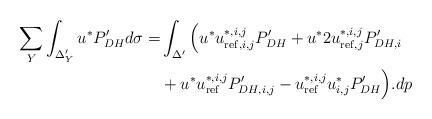
LaTeX: \begin{align*}\sum_Y \int_{\Delta'_Y}u^*P_{DH}'d\sigma = & \int_{\Delta'} \Big{(}u^*u^{*,i,j}_{\mathrm{ref},i,j}P_{DH}'+u^*2u^{*,i,j}_{\mathrm{ref},j}P_{DH,i}' \\ & +u^*u^{*,i,j}_{\mathrm{ref}}P_{DH,i,j}'-u^{*,i,j}_{\mathrm{ref}}u^*_{i,j}P_{DH}'\Big{)}.dp\end{align*}